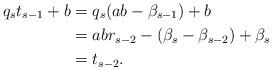
LaTeX: \begin{align*}q_s t_{s-1} + b &= q_s (a b -\beta_{s-1}) + b\\&= a b r_{s-2} - (\beta_s - \beta_{s-2}) + \beta_s\\&= t_{s-2}.\end{align*}